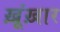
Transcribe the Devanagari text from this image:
ख़ूंख़ार